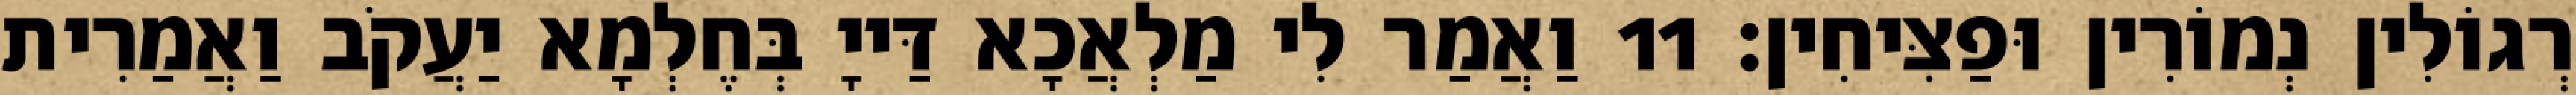
רְגוֹלִין נְמוֹרִין וּפַצִּיחִין׃ 11 וַאֲמַר לִי מַלְאֲכָא דַּייָ בְּחֶלְמָא יַעֲקֹב וַאֲמַרִית